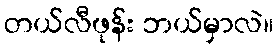
တယ်လီဖုန်း ဘယ်မှာလဲ။